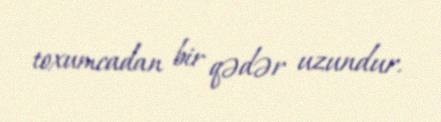
toxumcadan bir qədər uzundur.